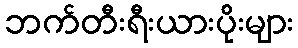
ဘက်တီးရီးယားပိုးများ